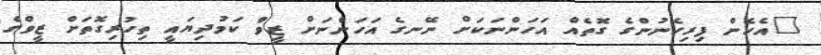
"އެހެން ފިރިހެނުންގެ ގޮތެއް އަހަންނަކަށް ނޭނގެ އަހަންނަށް ޒީވް ކަމުދިޔައީ ތިހުރިގޮތަށް ޒީވްގެ